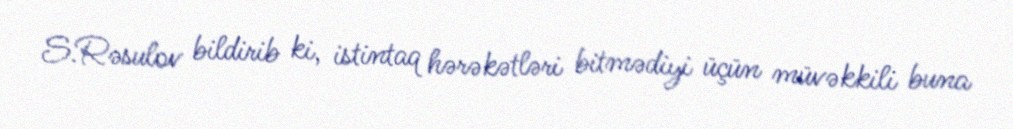
S.Rəsulov bildirib ki, istintaq hərəkətləri bitmədiyi üçün müvəkkili buna